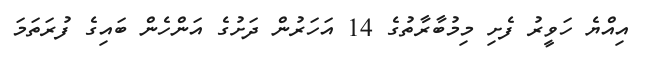
އިއްޔެ ހަވީރު ފެށި މިމުބާރާތުގެ 14 އަހަރުން ދަށުގެ އަންހެން ބައިގެ ފުރަތަމަ